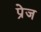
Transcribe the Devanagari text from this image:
प्रेज